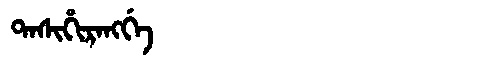
Manchu: ᡨᠠᠰᡳᡥᡳᡵᠠᠩᡤᡝ
Romanization: TASIHIRANGGE